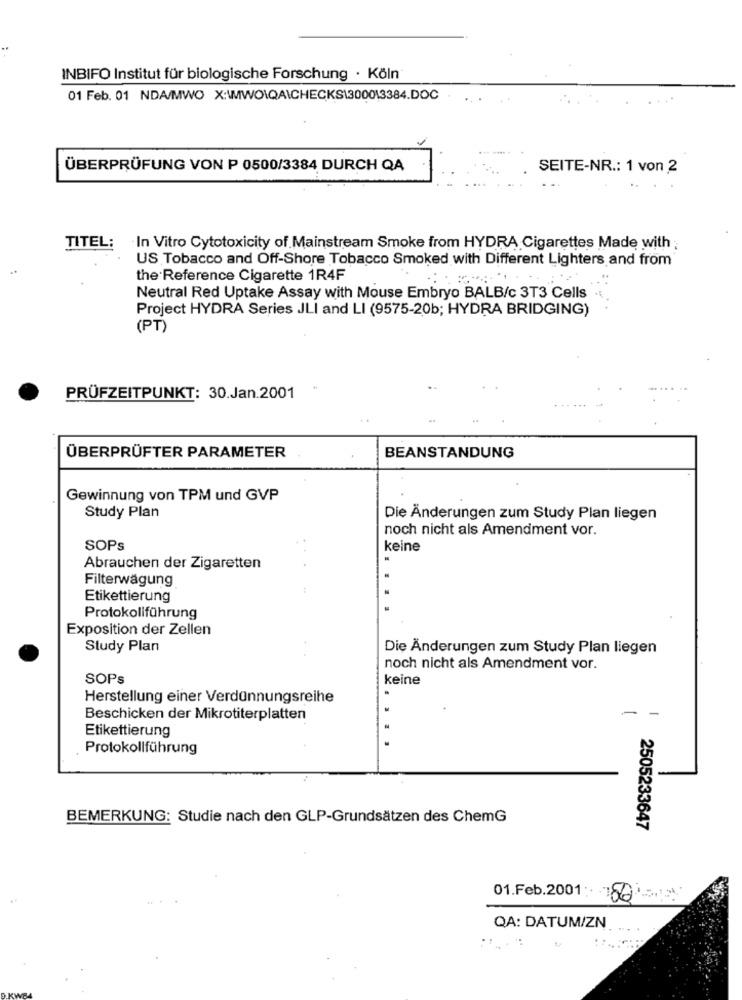
INBIFO Institut für biologische Forschung · Köln
01 Feb. 01 NDA/MWO X:\MWO\QA\CHECKS1300013384.DOC
. .....
ÜBERPRÜFUNG VON P 0500/3384 DURCH QA
SEITE-NR .: 1 von 2
TITEL:
In Vitro Cytotoxicity of Mainstream Smoke from HYDRA Cigarettes Made with
US Tobacco and Off-Shore Tobacco Smoked with Different Lighters and from
the Reference Cigarette 1R4F
Neutral Red Uptake Assay with Mouse Embryo BALB/c 3T3 Cells
Project HYDRA Series JLI and LI (9575-20b; HYDRA BRIDGING)
(PT)
PRÜFZEITPUNKT: 30.Jan.2001
ÜBERPRÜFTER PARAMETER
BEANSTANDUNG
Gewinnung von TPM und GVP
Study Plan
Die Änderungen zum Study Plan liegen
noch nicht als Amendment vor.
SOPs
keine
Abrauchen der Zigaretten
Filterwägung
Etikettierung
Protokollführung
Exposition der Zellen
Study Plan
Die Änderungen zum Study Plan liegen
noch nicht als Amendment vor.
SOPs
keine
Herstellung einer Verdünnungsreihe
Beschicken der Mikrotiterplatten
-
Etikettierung
Protokollführung
BEMERKUNG: Studie nach den GLP-Grundsätzen des ChemG
2505233647
01.Feb.2001: 56
QA: DATUM/ZN